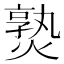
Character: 𤍨